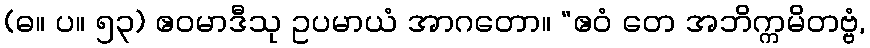
(ဓ။ ပ။ ၅၃) ဧဝမာဒီသု ဥပမာယံ အာဂတော။ “ဧဝံ တေ အဘိက္ကမိတဗ္ဗံ,